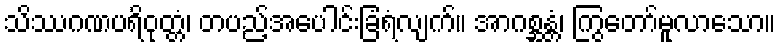
သိဿဂဏပရိဝုတ္တံ၊ တပည့်အပေါင်းခြံရံလျက်။ အာဂစ္ဆန္တံ၊ ကြွတော်မူလာသော။